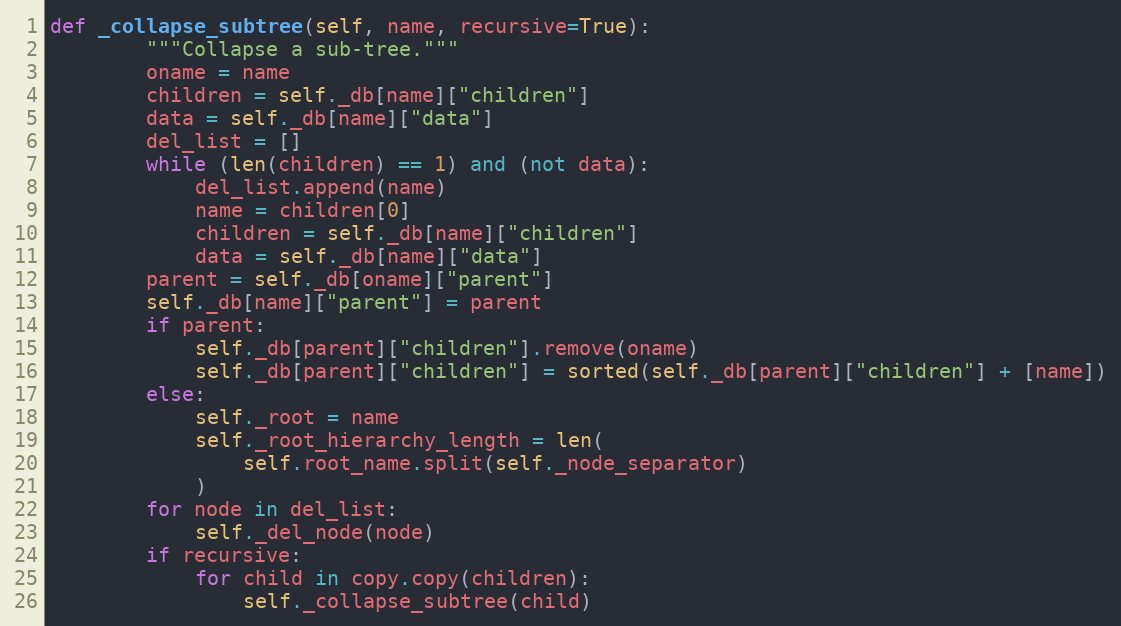
Language: Python
def _collapse_subtree(self, name, recursive=True):
        """Collapse a sub-tree."""
        oname = name
        children = self._db[name]["children"]
        data = self._db[name]["data"]
        del_list = []
        while (len(children) == 1) and (not data):
            del_list.append(name)
            name = children[0]
            children = self._db[name]["children"]
            data = self._db[name]["data"]
        parent = self._db[oname]["parent"]
        self._db[name]["parent"] = parent
        if parent:
            self._db[parent]["children"].remove(oname)
            self._db[parent]["children"] = sorted(self._db[parent]["children"] + [name])
        else:
            self._root = name
            self._root_hierarchy_length = len(
                self.root_name.split(self._node_separator)
            )
        for node in del_list:
            self._del_node(node)
        if recursive:
            for child in copy.copy(children):
                self._collapse_subtree(child)